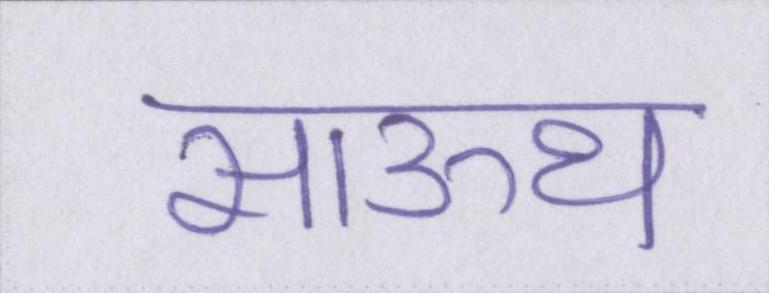
साऊथ